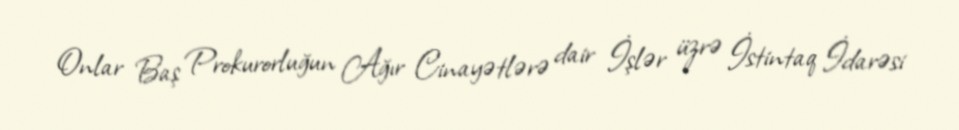
Onlar Baş Prokurorluğun Ağır Cinayətlərə dair İşlər üzrə İstintaq İdarəsi